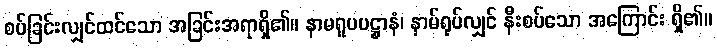
စပ်ခြင်းလျှင်ထင်သော အခြင်းအရာရှိ၏။ နာမရူပပဋ္ဌာနံ၊ နာမ်ရုပ်လျှင် နီးစပ်သော အကြောင်း ရှိ၏။